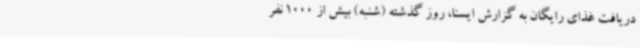
دریافت غذای رایگان به گزارش ایسنا، روز گذشته (شنبه) بیش از 1000 نفر